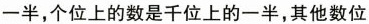
一半，个位上的数是千位上的一半，其他数位